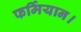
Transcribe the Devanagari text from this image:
फर्मियान।